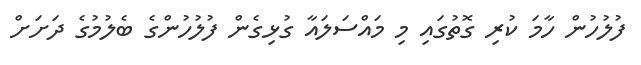
ފުލުހުން ހާމަ ކުރި ގޮތުގައި މި މައްސަލައާ ގުޅިގެން ފުލުހުންގެ ބެލުމުގެ ދަށަށް